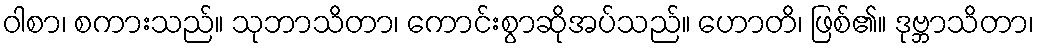
ဝါစာ၊ စကားသည်။ သုဘာသိတာ၊ ကောင်းစွာဆိုအပ်သည်။ ဟောတိ၊ ဖြစ်၏။ ဒုဗ္ဘာသိတာ၊